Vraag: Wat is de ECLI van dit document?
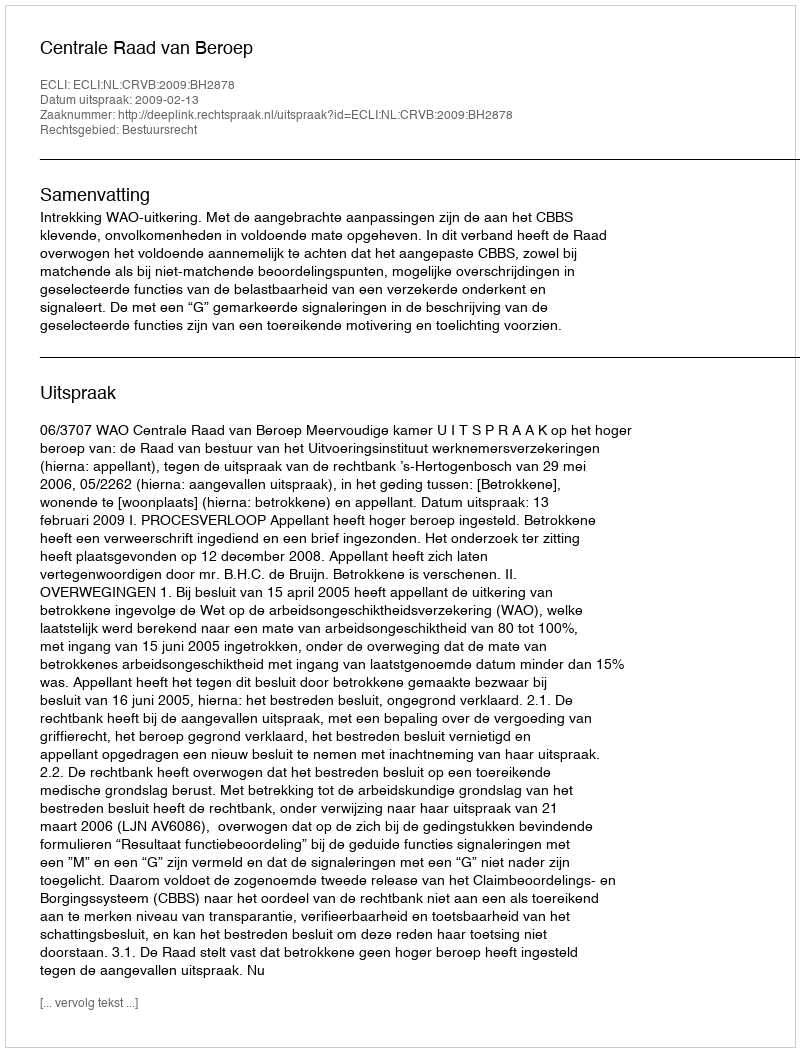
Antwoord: ECLI:NL:CRVB:2009:BH2878